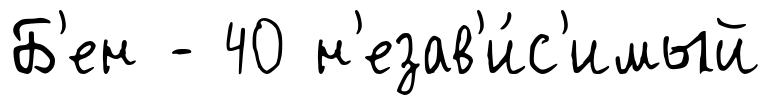
Б'ен - 40 н'езав'и́с'имый